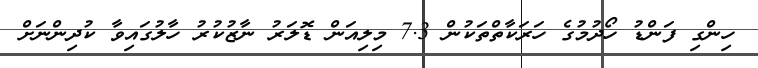
ހިންގި ފަންޑު ހޯދުމުގެ ހަރަކާތްތަކުން 7.3 މިލިއަން ޑޮލަރު ނާޒުކުރު ހާލުގައިވާ ކުދިންނަށް